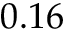
0 . 1 6